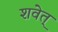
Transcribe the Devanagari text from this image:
शवेत्